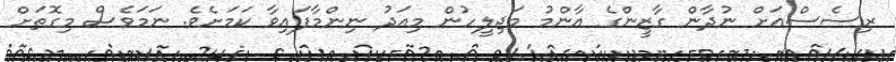
ރިސެސްއަށް ނުދާން ގާޒީންގެ އާންމު މަޖިލީހުން މިއަދު ނިންމާފައިވާ ކަމަށެވެ. ނަމަވެސް މިގޮތަށް